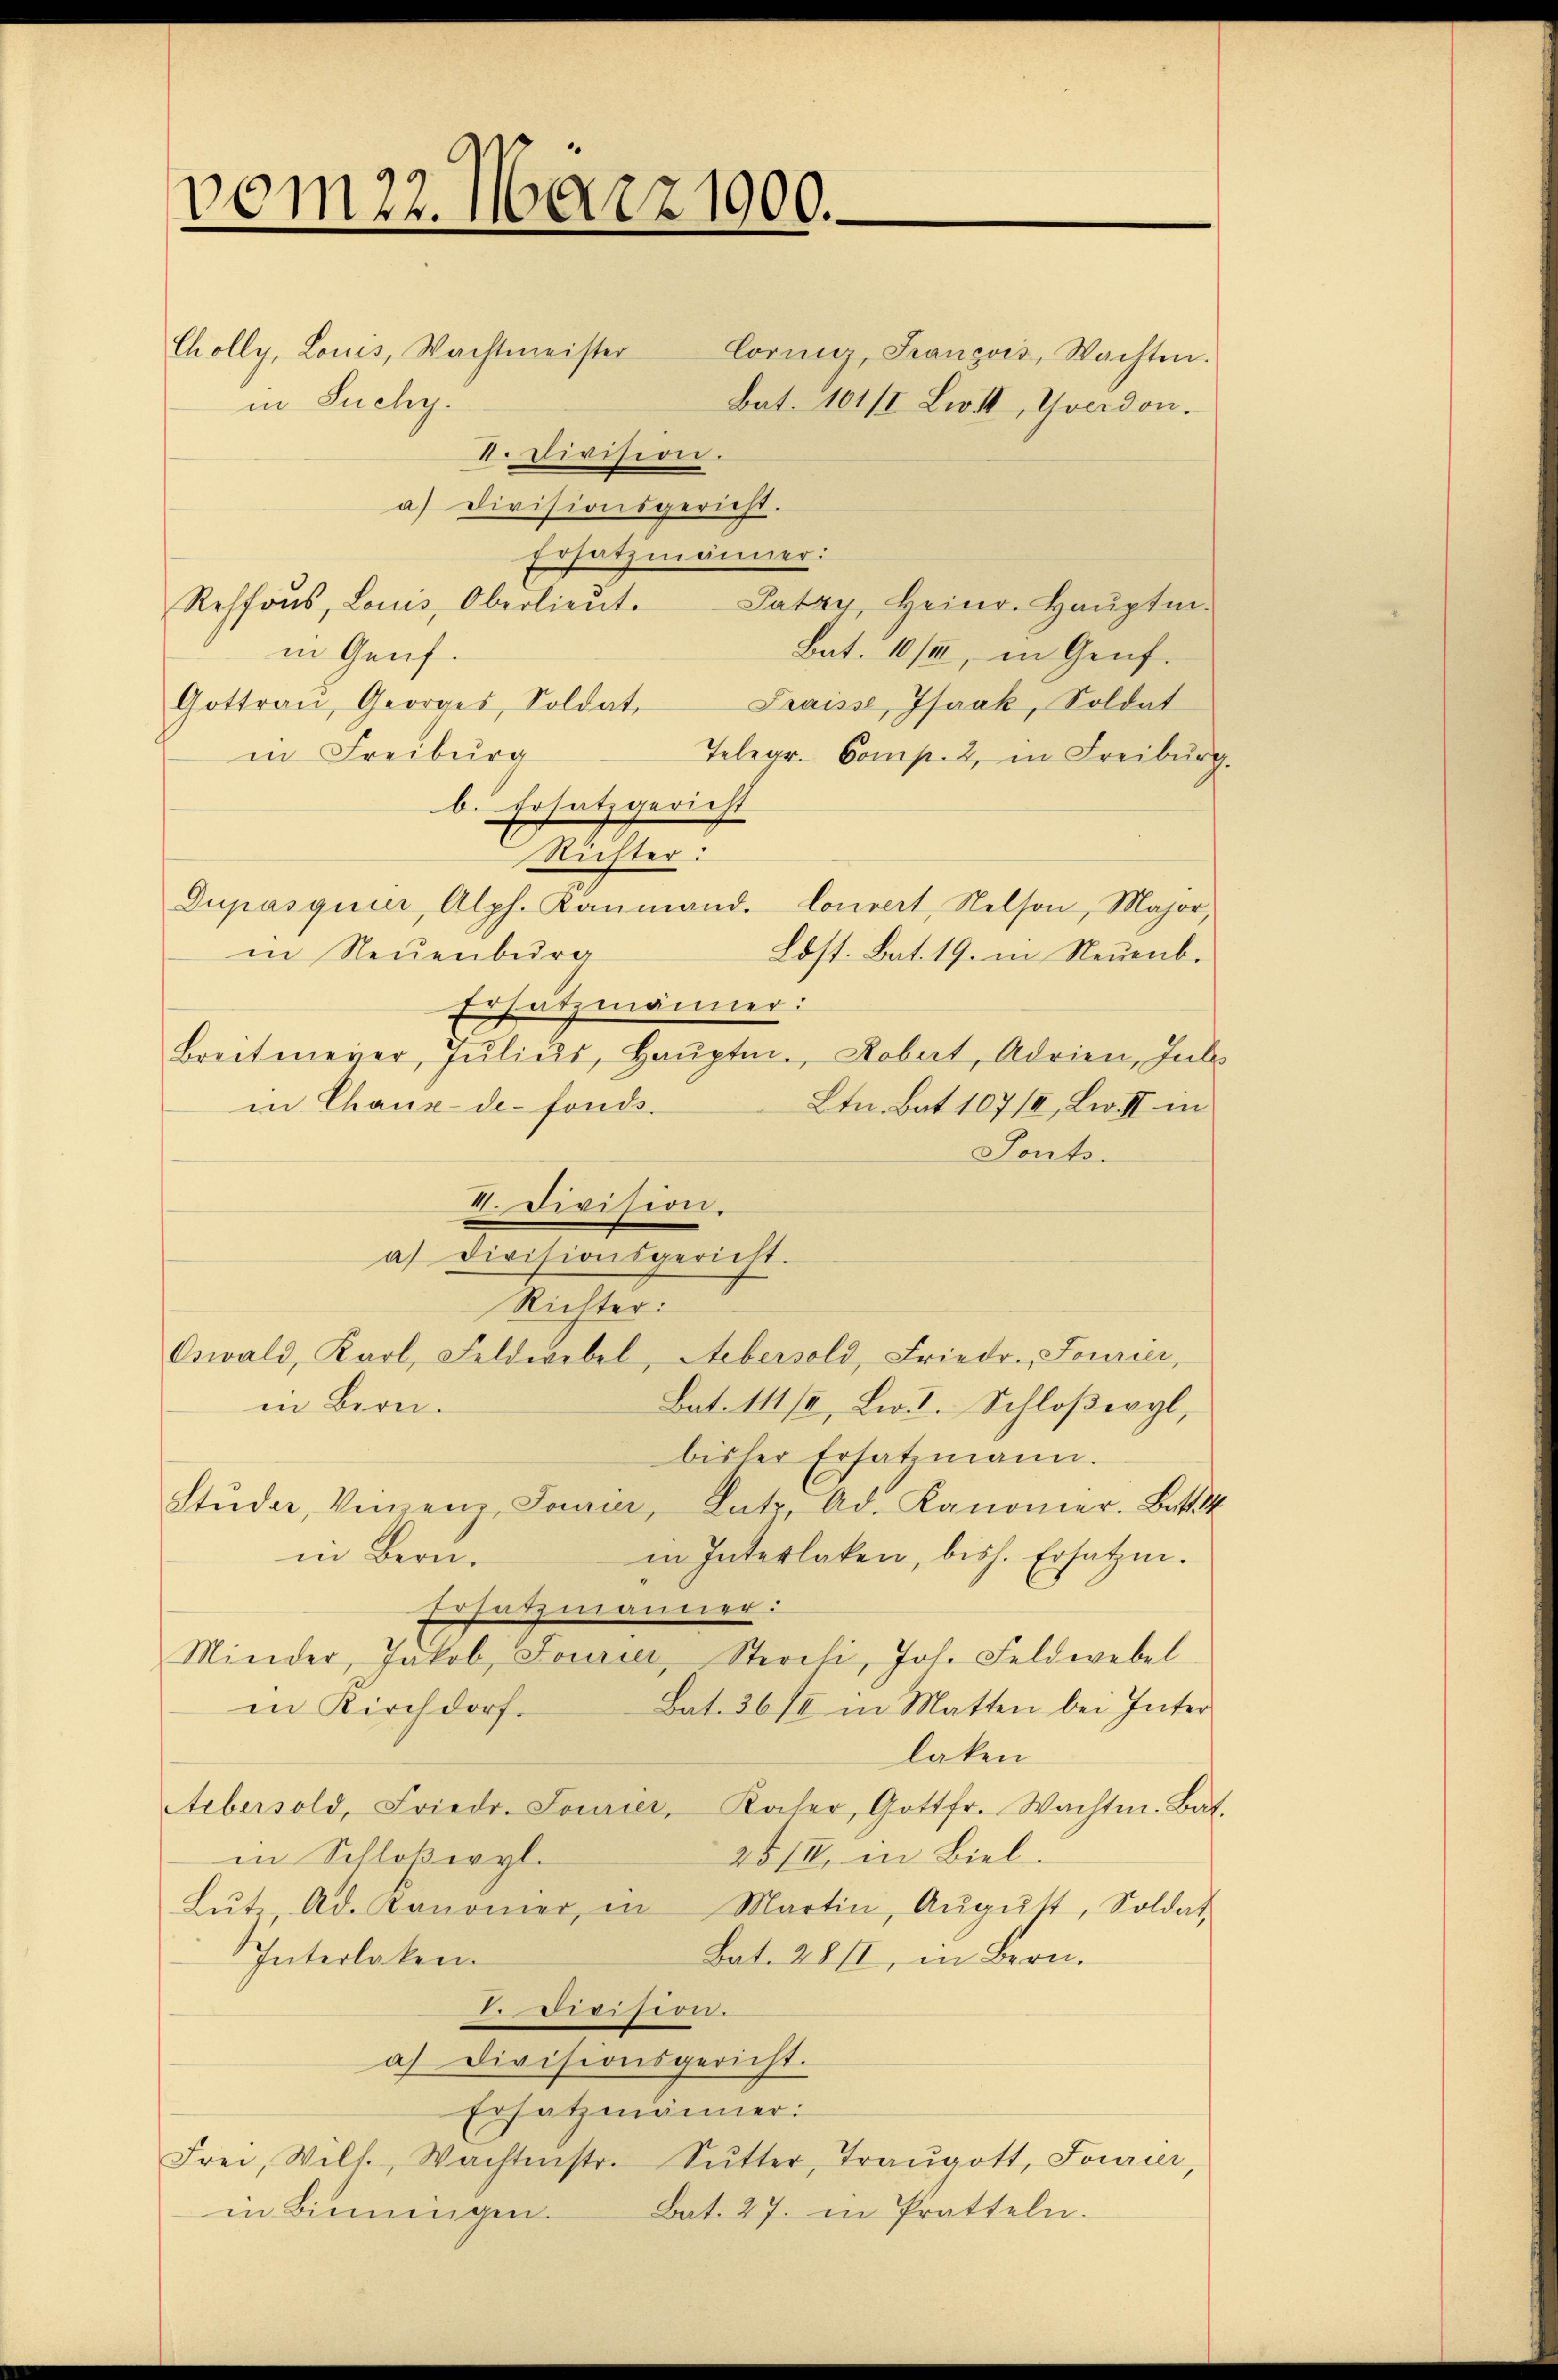
vom 22. März 1900.

Cornig, Franzois, Wachten.
bat. 101/2 Litt, Yverdon.
I. Kirchert.
a) Divisionsgericht.
Ersatzmänner:
Reffons, Louis, Oberlieŭt. Patzy, Heinr. Haŭptm.
in Genf.
Bat. 10/II, in Genf.
Gottraŭ, Georges, Soldat, Kraisse, Isaak, Soldat
in Freiburg
Telegr. Comp. 2, in Freiburg.
b. Ersatzgericht
Richter:
Dupasquier, Alph. Kanmand. Convert, Nelson, Major,
in Neuenburg
Lost. Bat. 19. in Neuenb.
Ersatzmänner:
Breitmeyer, Julius, Hauptm., Robert, Adrien, Inb
in Chaux-de-Fonds.
Ltn. Bat. 107/I, Leu II in
Tonts.
II. Division.
a) Divisionsgericht.
Richter:
Oswald, Karl, Feldwebel, Aebersold, Friedr. Fourier,
Bat. 111/2, Lit. Schloßwyl,
in Bern.
bisher Ersatzmann.
Stŭder, Vernenz, Tourir, Latz. Ad. Kanonier-Bat.
in Interlaken, biss. Ersatzen.
in Bern.
Ersatzmänner:
Minder, Jakob Fourier, Sterili, Jos. Feldwebel
Bat. 36 II in Matten bei Inter
in Kirchdorf.
laken
Aebersold, Friedr. Jourier, Kocher, Gottfr. Wachte. Bat.
in Schloßwyl.
25/II in Biel.
Lŭtz, Ad. Kanoner, in Martin, Aŭgŭst, Soldat
Interlaken.
Bat. 28st, in Bern.
I.Division.
a) Divisionsgericht.
Ersatzmänner:
Frei, Will. Wachtenstr. Sŭtter, Traŭgott, Fourier,
Bat. 27. in Pratteln.
in Binningen.

Cholly, Louis, Wachtmeister
in Suchy.